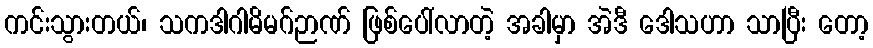
ကင်းသွားတယ်၊ သကဒါဂါမိမဂ်ဉာဏ် ဖြစ်ပေါ်လာတဲ့ အခါမှာ အဲဒီ ဒေါသဟာ သာပြီး တော့